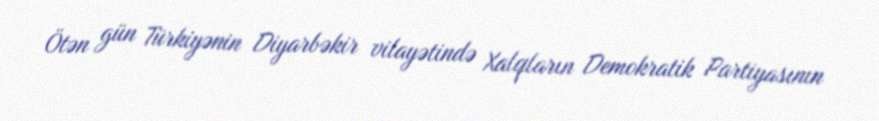
Ötən gün Türkiyənin Diyarbəkir vilayətində Xalqların Demokratik Partiyasının